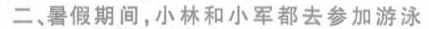
二、暑假期间，小林和小军都去参加游泳